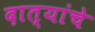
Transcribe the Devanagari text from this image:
दात्यांचे